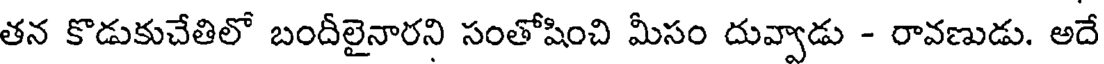
తన కొడుకుచేతిలో బందీలైనారని సంతోషించి మీసం దువ్వాడు - రావణుడు. అదే